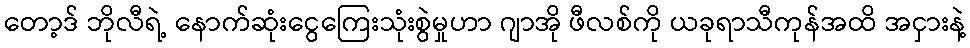
တော့ဒ် ဘိုလီရဲ့ နောက်ဆုံးငွေကြေးသုံးစွဲမှုဟာ ဂျာအို ဖီလစ်ကို ယခုရာသီကုန်အထိ အငှားနဲ့